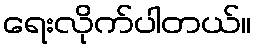
ရေးလိုက်ပါတယ်။